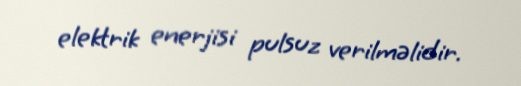
elektrik enerjisi pulsuz verilməlidir.